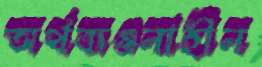
অর্থব্যঞ্জনাহীন